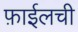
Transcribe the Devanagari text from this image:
फ़ाईलची